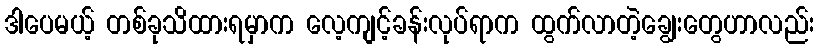
ဒါပေမယ့် တစ်ခုသိထားရမှာက လေ့ကျင့်ခန်းလုပ်ရာက ထွက်လာတဲ့ချွေးတွေဟာလည်း